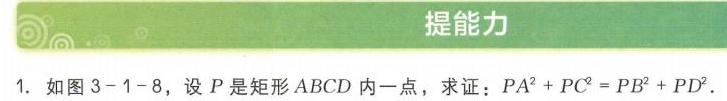
### 提能力
1. 如图3 - 1 - 8，设\(P\)是矩形\(ABCD\)内一点，求证：\(PA^{2}+PC^{2}=PB^{2}+PD^{2}\)．